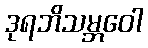
ဒုရဘိသမ္ဘဝေါ